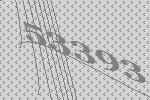
53393